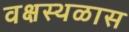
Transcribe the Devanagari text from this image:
वक्षस्थळास